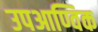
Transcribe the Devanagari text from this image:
उपआण्विक